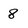
Character: 8